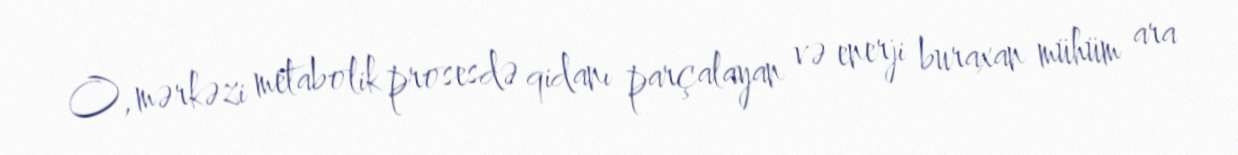
O, mərkəzi metabolik prosesdə qidanı parçalayan və enerji buraxan mühüm ara